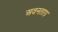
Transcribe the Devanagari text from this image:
अवनताग्र